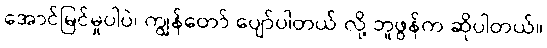
အောင်မြင်မှုပါပဲ၊ ကျွန်တော် ပျော်ပါတယ် လို့ ဘူဖွန်က ဆိုပါတယ်။